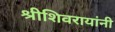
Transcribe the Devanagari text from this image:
श्रीशिवरायांनी